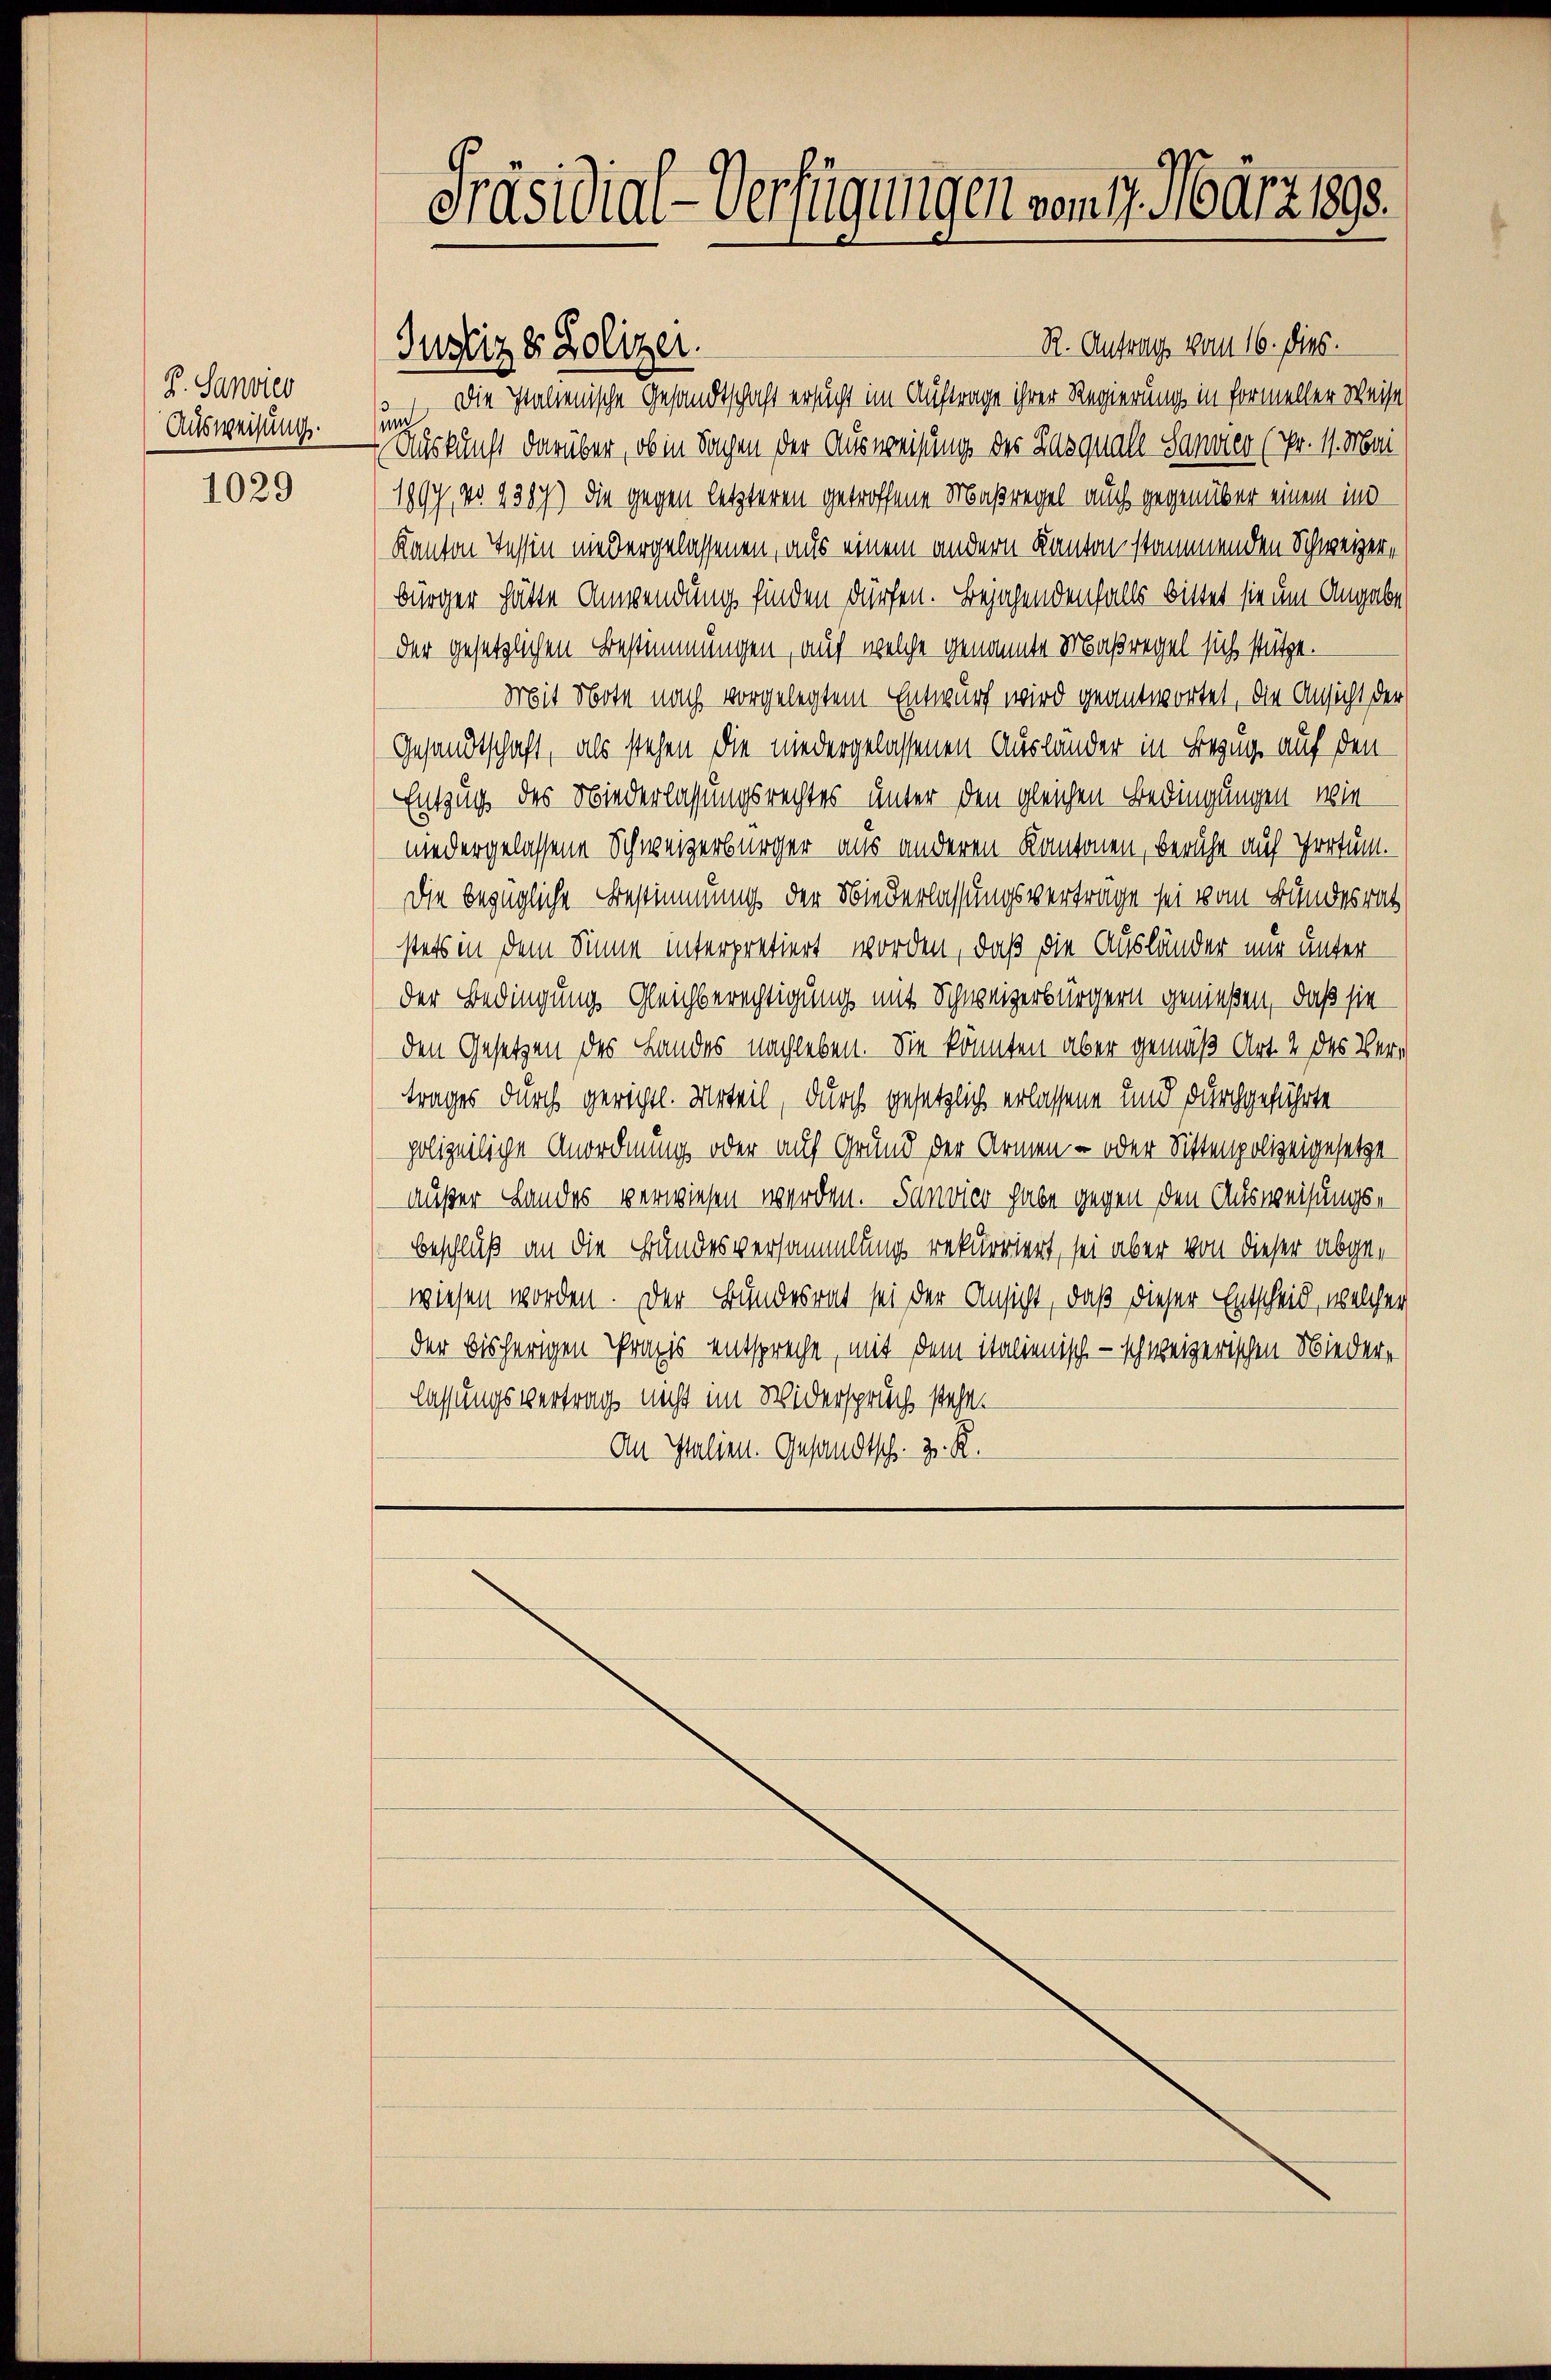
K. Sanvier
Ausweisung.

1029

R. Antrag vom 16. Dies.
1) Die Italienische Gesandtschaft ersucht im Auftrage ihrer Regierung in formeller Weise
 Auskunft darüber, ob in Sachen der Ausweisung der Lasquale Sammer (Fr. 11. Mai
1897, No 1387) die gegen letzteren getroffene Maßregel auch gegenüber einem ind
Kanton Tessin niedergelassenen, aus einem andern Kanton stammenden Schweizerbürger hätte Anwendung finden dürfen. Bejahendenfalls bittet sie um Angabe
der gesetzlichen Bestimmungen, auch welche genannte Maßregel sich stütze.
Mit Note nach vorgelegtem Entwurf wird geantwortet, die Ansicht der
Gesandtschaft, als stehen die niedergelassenen Ausländer in Bezug auf den
Entzug des Niederlassungsrechtes unter den gleichen Bedingungen, wie
niedergelassene Schweizerbürger aus anderen Kantonen, beruhe auf Irrtum.
Die bezügliche Bestimmung der Niederlassungsverträge sei vom Bundesrath
stets in dem Sinne interpretiert worden, daß die Ausländer nur unter
der Bedingung Gleichberechtigung mit Schweizerbürgern genießen, daß sie
den Gesetzen des Landes nachleben. Sie könnten aber gemäß Art. 2 des Vertrages durch gericht. Urteil, durch gesetzlich erlassene und durchgeführte
polizeiliche Anordnung oder auf Grund der Armen - oder Sittenpolizeigesetze
außer Landes verwiesen werden. Sanvier habe gegen den Ausweisungs¬
Beschluß an die Bundesversammlung rekurriert, sei aber von dieser abgewiesen worden. Der Bundesrat sei der Ansicht, daß dieser Entscheid, welcher
der bisherigen Praxis entspreche, mit dem italienisch - schweizerischen Niederlassungsvertrag nicht im Widerspruch stehen
An Italien. Gesandtsch. Z. K.

Präsidial-Verfügungen vom 17. März 1898.

Justiz & Polizei.